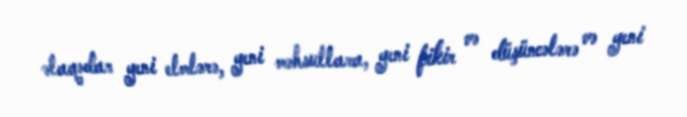
əlaqədar yeni elmlərə, yeni məhsullara, yeni fikir və düşüncələrə və yeni